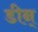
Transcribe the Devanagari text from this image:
डीन्